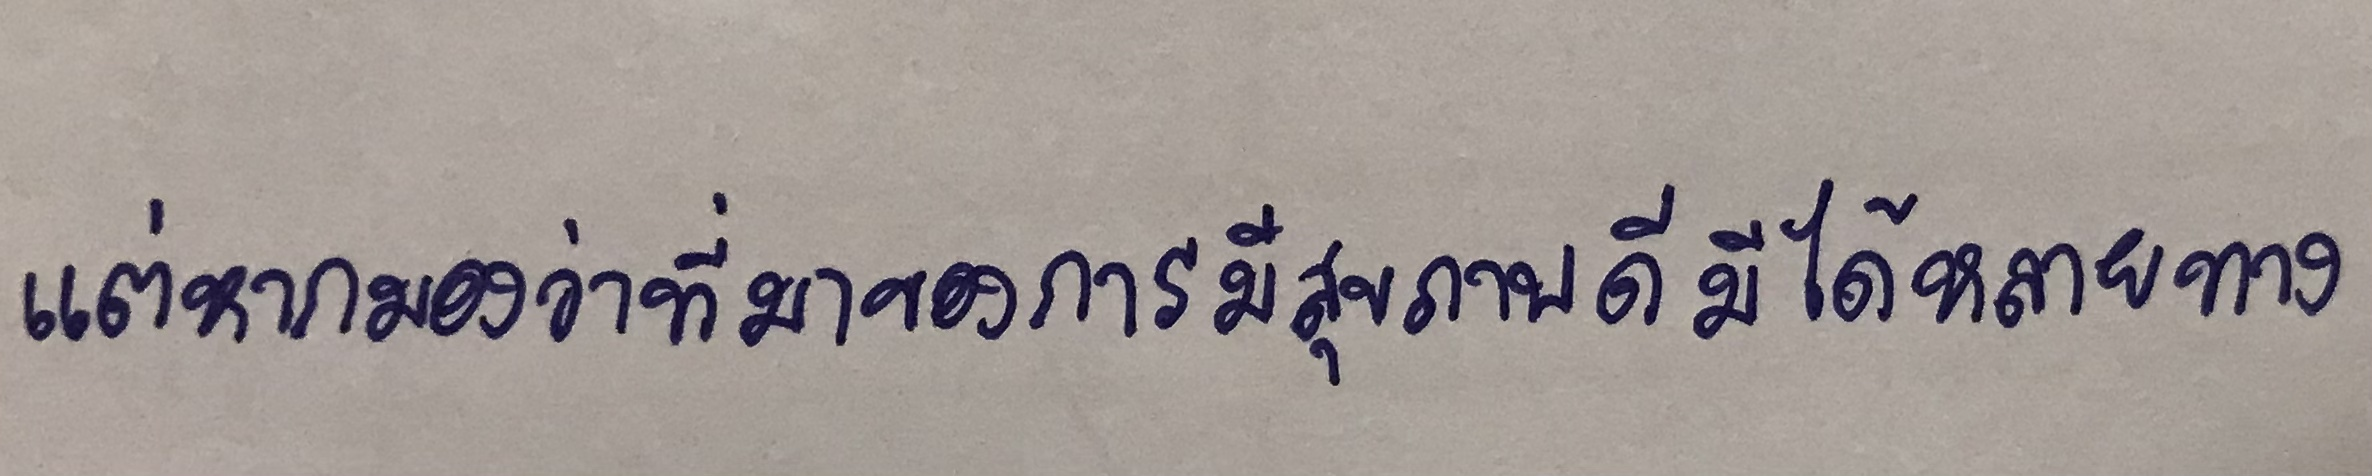
แต่หากมองว่าที่มาของการมีสุขภาพดีมีได้หลายทาง